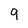
Character: 9